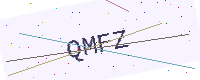
Text: QMFZ